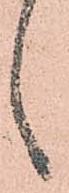
候